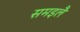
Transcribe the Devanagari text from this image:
समइलै